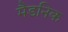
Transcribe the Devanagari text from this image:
मैडनिक